Annual report on the mental hospital in the Central Provinces and Berar (Nagpur) - 1927-1951
Year: 1927
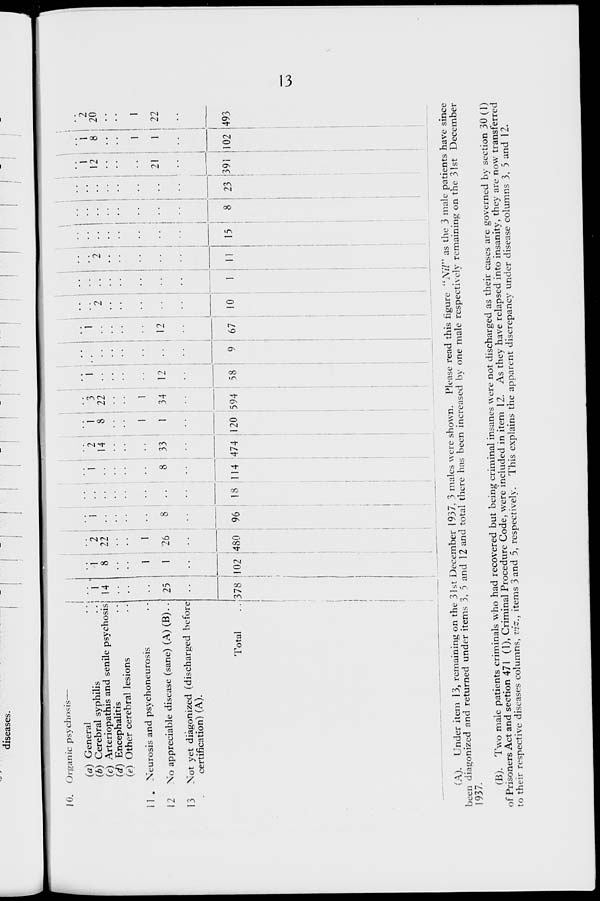
13
10. Organic psychosis—
(a) General ..
(b) Cerebral syphilis ..
(c) Arteriopathis and senile psychosis ..
(d) Encephalitis ..
(e) Other cerebral lesions ..
11 . Neurosis and psychoneurosis ..
12 No appreciable disease (sane) (A) (B)..
13 Not yet diagonized (discharged before
certification) (A).
Total
..
1
14
..
..
..
25
..
378
1
8
..
..
1
1
..
102
2
22
..
..
1
26
..
480
1
..
..
..
..
8
..
96
..
..
..
..
..
..
..
18
1
..
..
..
..
8
..
114
2
14
..
..
..
33
..
474
1
8
..
..
1
1
..
120
3
22
..
..
1
34
..
594
1
..
..
..
..
12
..
58
..
..
..
..
..
..
..
9
1
..
..
..
..
12
..
67
..
2
..
..
..
..
..
10
..
..
..
..
..
..
..
1
..
2
..
..
..
..
..
11
..
..
..
..
..
..
..
15
..
..
..
..
..
..
..
8
..
..
..
..
..
..
..
23
1
12
..
..
..
21
..
391
1
8
..
..
1
1
..
102
2
20
..
..
1
22
..
493
(A). Under item 13, remaining on the 31st December 1937, 3 males were shown. Please read this figure "Nil" as the 3 male patients have since
been diagonized and returned under items 3, 5 and 12 and total there has been increased by one male respectively remaining on the 31st December
1937.
(B). Two male patients criminals who had recovered but being criminal insanes were not discharged as their cases are governed by section 30 (1)
of Prisoners Act and section 471 (1), Criminal Procedure Code, were included in item 12. As they have relapsed into insanity, they are now transferred
to their respective diseases columns, viz., items 3 and 5, respectively. This explains the apparent discrepancy under disease columns 3, 5 and 12.